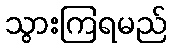
သွားကြရမည်